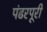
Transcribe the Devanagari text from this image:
पंढरपूरी